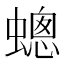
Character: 蟌